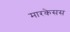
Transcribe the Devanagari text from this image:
मारकेसस